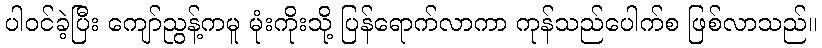
ပါဝင်ခဲ့ပြီး ကျော်ညွန့်ကမူ မုံးကိုးသို့ ပြန်ရောက်လာကာ ကုန်သည်ပေါက်စ ဖြစ်လာသည်။